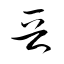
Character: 晋